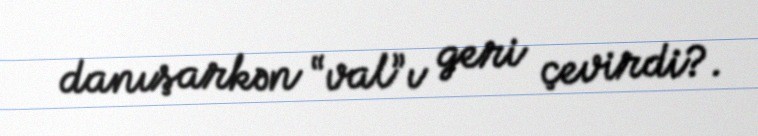
danışarkən “val”ı geri çevirdi?.